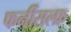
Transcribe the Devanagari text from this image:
फर्नीसल्फ्र